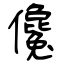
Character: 儳